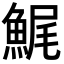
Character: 𩷳